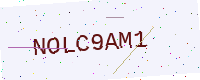
Text: NOLC9AM1